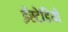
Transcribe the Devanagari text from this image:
ईस्टेडियो